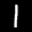
Label: 1